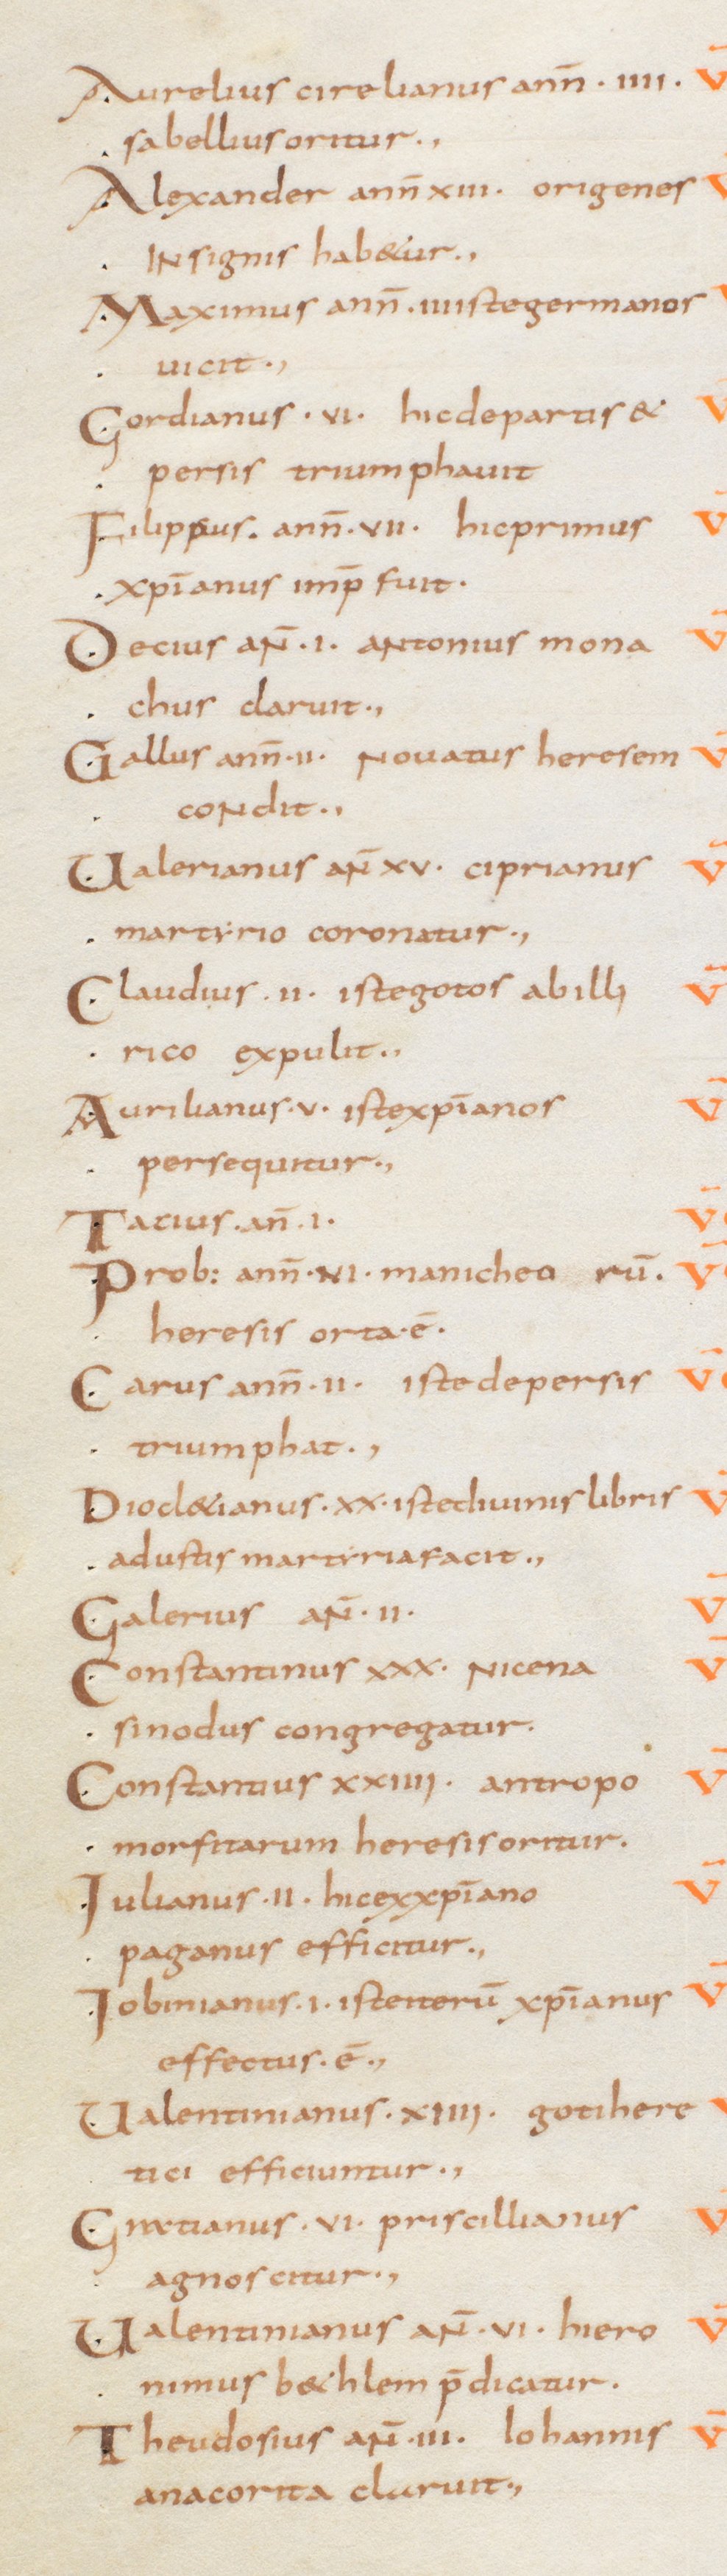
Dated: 800–829